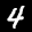
Label: 4